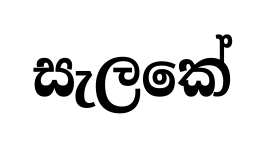
සැලකේ